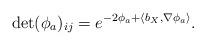
LaTeX: \begin{align*} \det (\phi_a)_{ij} = e^{-2\phi_a + \langle b_{X}, \nabla\phi_a\rangle}.\end{align*}